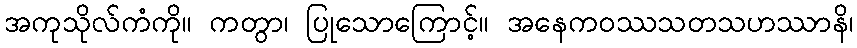
အကုသိုလ်ကံကို။ ကတွာ၊ ပြုသောကြောင့်။ အနေကဝဿသတသဟဿာနိ၊